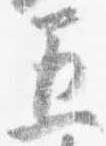
五